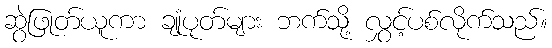
ဆွဲဖြုတ်ယူကာ ချုံပုတ်များ ဘက်သို့ လွှင့်ပစ်လိုက်သည်။